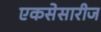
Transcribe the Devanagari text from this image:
एकसेसारीज